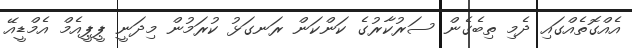
އެއްގޮތެއްގައި ދެމި ތިބެގެން ސަރުކާރުގެ ކަންކަން ރަނގަޅު ކުރަމުން މިދަނީ ޕީޕީއެމް އެމްޑީއޭ